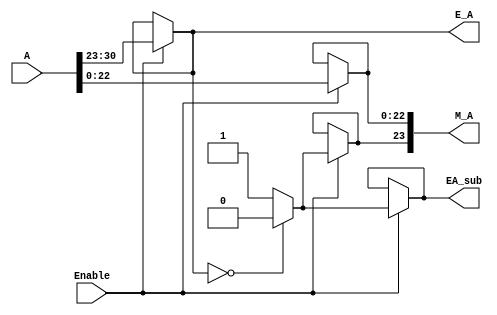
module selector_sqrt
(
    input   [30 : 0]   A,
    input              Enable,      // If enable signal is high it means we do not have a special case
    output  [7:0]      E_A,
    output  [23:0]     M_A,
    output             EA_sub
);
    


// *******************************&&%&%&&******************************


assign E_A = (Enable)? A[30:23] : E_A;  // E_A --> exponent of input A

assign EA_sub = (Enable)? ((E_A == 0)? 1'b0 : 1'b1 ) :  EA_sub;

assign M_A[23] = (Enable)? ((E_A == 0)? 1'b0 : 1'b1 ) : M_A[23];

assign M_A[22:0] = (Enable)? A[22:0] : M_A[22:0];   // M_A --> mantissa of input A


endmodule //selector_sqrt